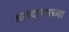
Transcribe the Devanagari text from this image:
आनंदग्रामच्या